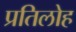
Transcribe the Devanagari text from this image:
प्रतिलोह